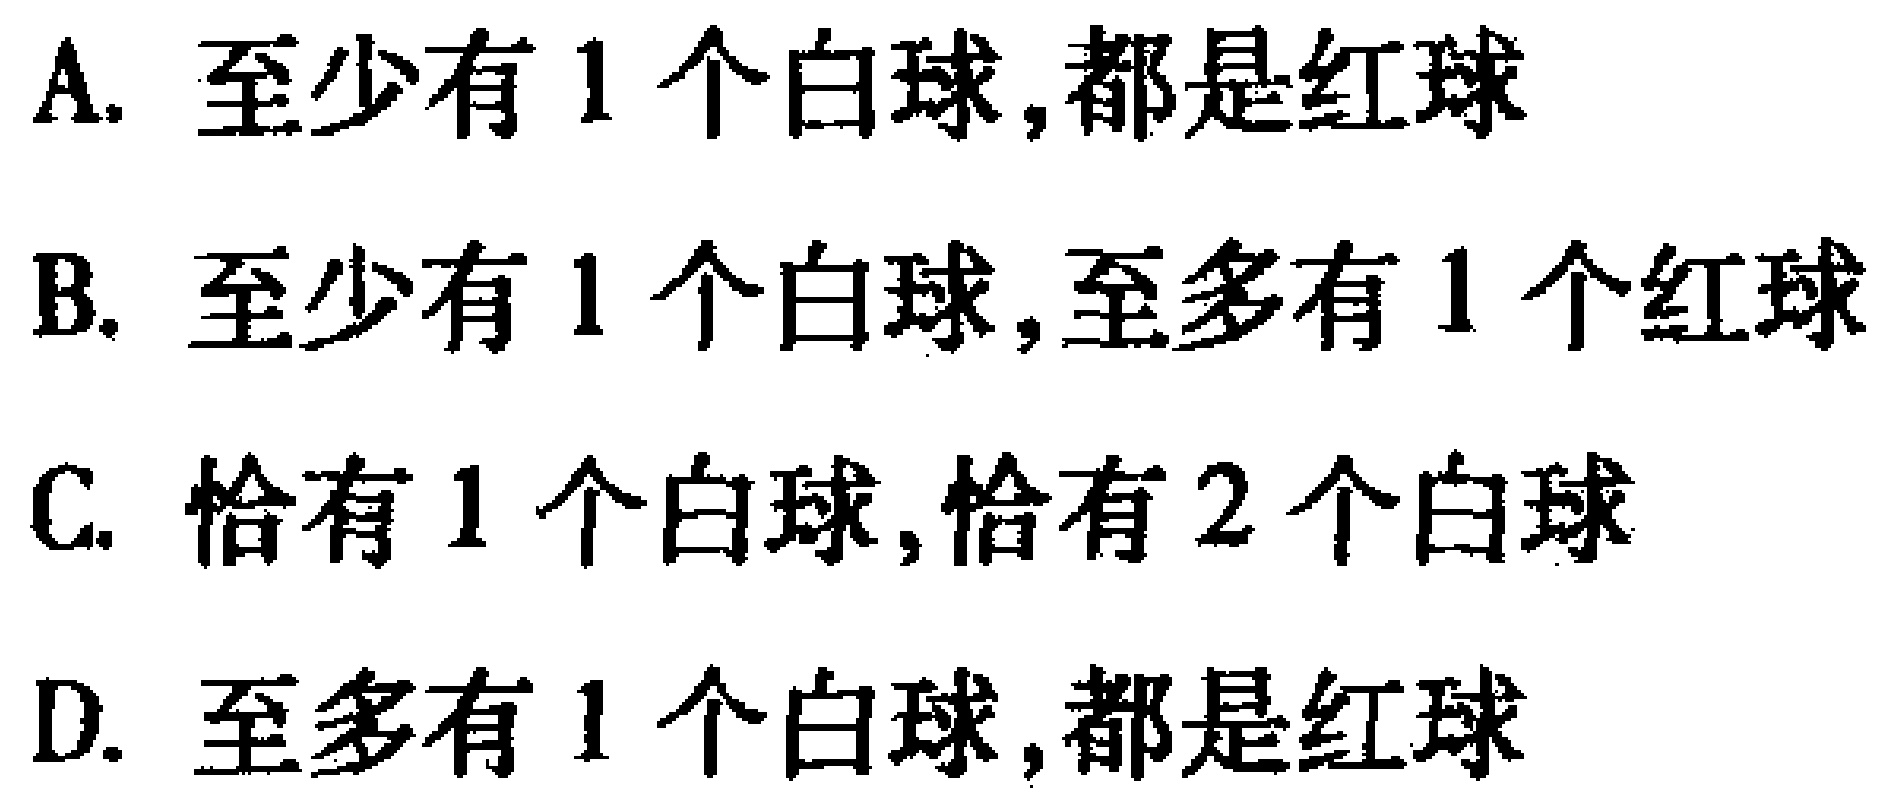
A. 至少有 1 个白球,都是红球

B. 至少有 1 个白球,至多有 1 个红球

C. 恰有 1 个白球,恰有 2 个白球

D. 至多有 1 个白球,都是红球